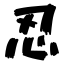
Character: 忍